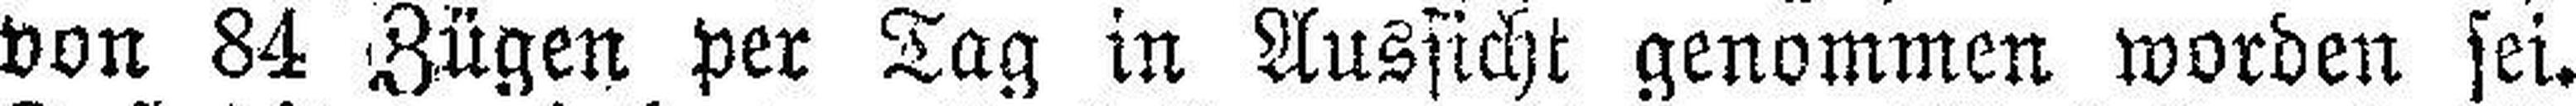
von 84 Zügen per Tag in Aussicht genommen worden sei.